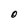
Character: O